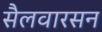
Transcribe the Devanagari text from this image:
सैलवारसन